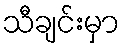
သီချင်းမှာ